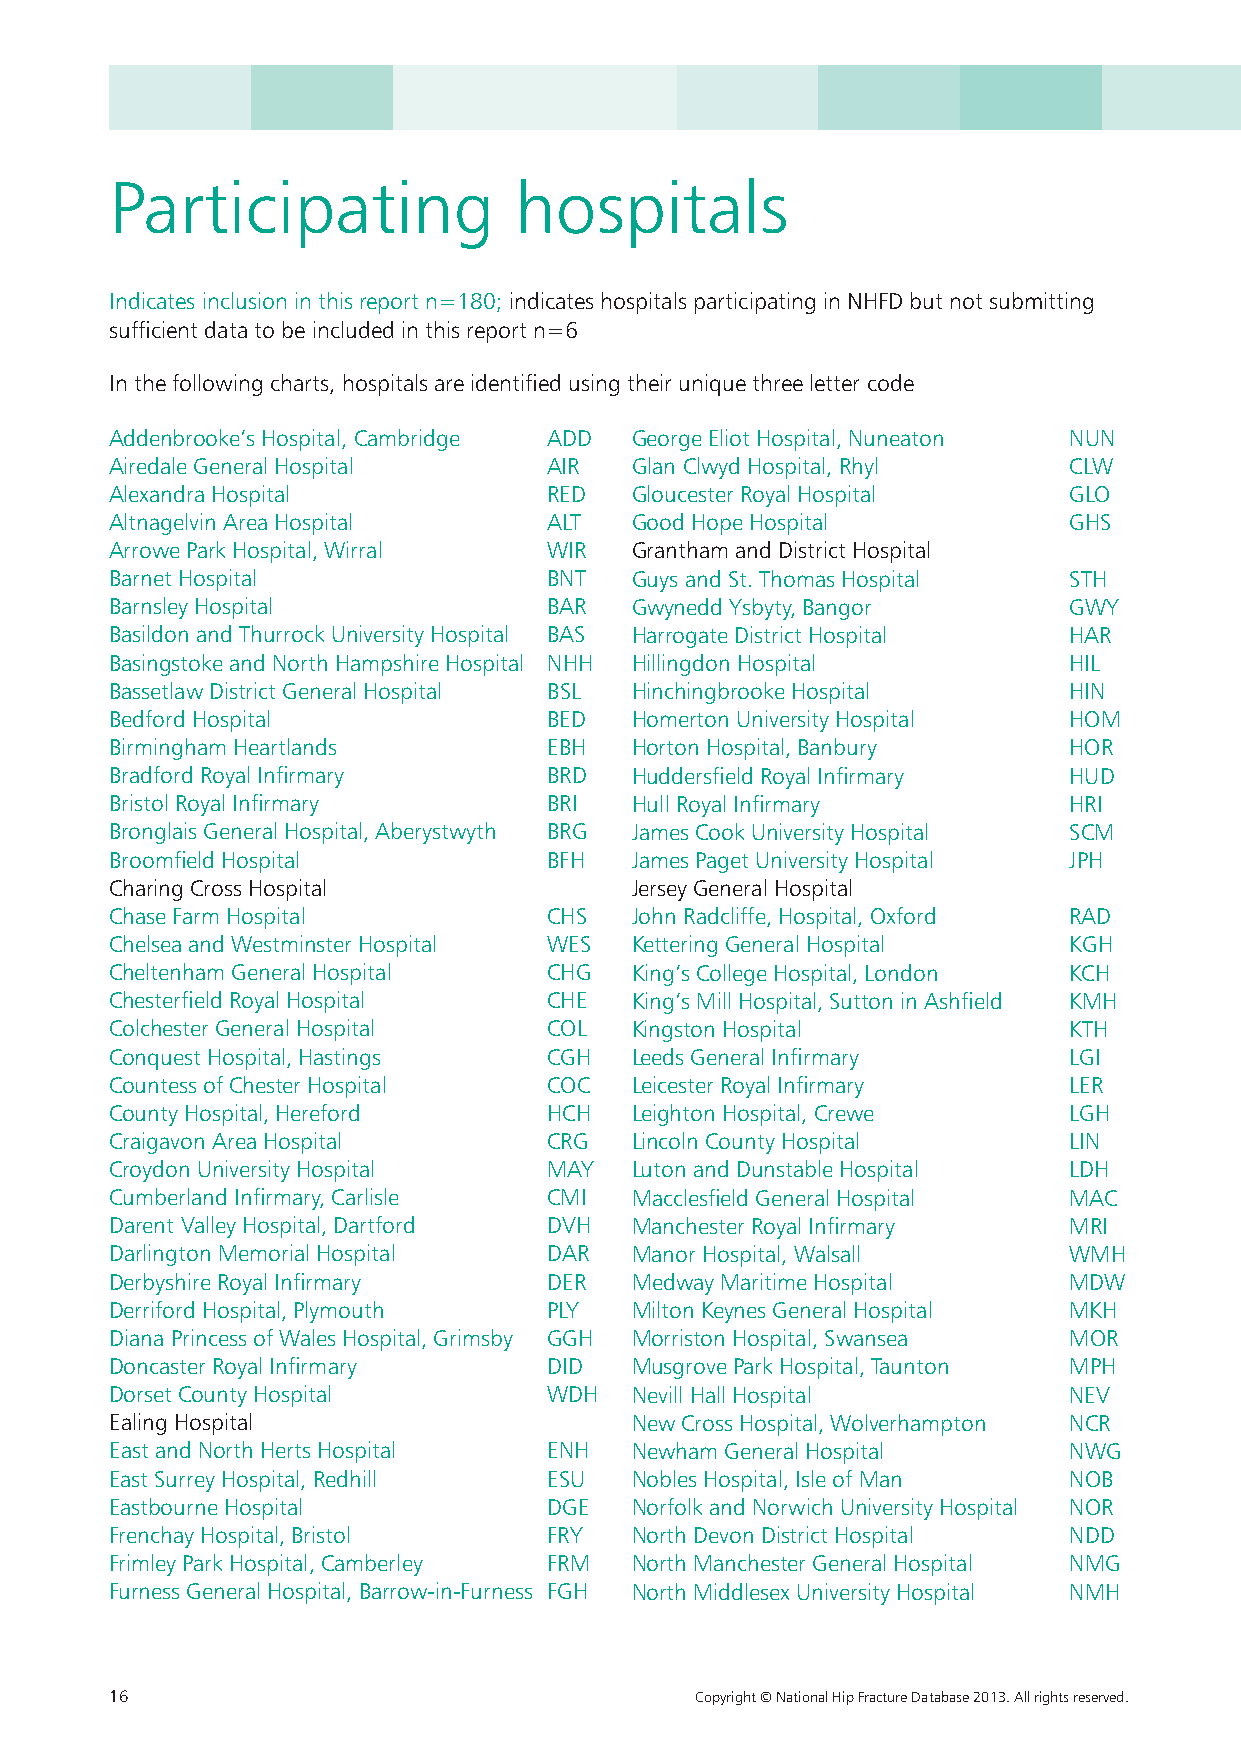
Participating              hospitals
 Indicates inclusion in this report n=180; indicates hospitals participating in NHFD but not submitting
 sufficient data to be included in this report n=6
 In the following charts, hospitals are identified using their unique three letter code
 Addenbrooke’s Hospital, Cambridge ADD George Eliot Hospital, Nuneaton NUN
 Airedale General Hospital    AIR   Glan Clwyd Hospital, Rhyl    CLW
 Alexandra Hospital           RED   Gloucester Royal Hospital    GLO
 Altnagelvin Area Hospital    ALT   Good Hope Hospital           GHS
 Arrowe Park Hospital, Wirral WIR   Grantham and District Hospital
 Barnet Hospital              BNT   Guys and St. Thomas Hospital STH
 Barnsley Hospital            BAR   Gwynedd Ysbyty, Bangor       GWY
 Basildon and Thurrock University Hospital BAS Harrogate District Hospital HAR
 Basingstoke and North Hampshire Hospital NHH Hillingdon Hospital HIL
 Bassetlaw District General Hospital BSL Hinchingbrooke Hospital HIN
 Bedford Hospital             BED   Homerton University Hospital HOM
 Birmingham Heartlands        EBH   Horton Hospital, Banbury     HOR
 Bradford Royal Infirmary     BRD   Huddersfield Royal Infirmary HUD
 Bristol Royal Infirmary      BRI   Hull Royal Infirmary         HRI
 Bronglais General Hospital, Aberystwyth BRG James Cook University Hospital SCM
 Broomfield Hospital          BFH   James Paget University Hospital JPH
 Charing Cross Hospital             Jersey General Hospital
 Chase Farm Hospital          CHS   John Radcliffe, Hospital, Oxford RAD
 Chelsea and Westminster Hospital WES Kettering General Hospital KGH
 Cheltenham General Hospital  CHG   King’s College Hospital, London KCH
 Chesterfield Royal Hospital  CHE   King’s Mill Hospital, Sutton in Ashfield KMH
 Colchester General Hospital  COL   Kingston Hospital            KTH
 Conquest Hospital, Hastings  CGH   Leeds General Infirmary      LGI
 Countess of Chester Hospital COC   Leicester Royal Infirmary    LER
 County Hospital, Hereford    HCH   Leighton Hospital, Crewe     LGH
 Craigavon Area Hospital      CRG   Lincoln County Hospital      LIN
 Croydon University Hospital  MAY   Luton and Dunstable Hospital LDH
 Cumberland Infirmary, Carlisle CMI Macclesfield General Hospital MAC
 Darent Valley Hospital, Dartford DVH Manchester Royal Infirmary MRI
 Darlington Memorial Hospital DAR   Manor Hospital, Walsall      WMH
 Derbyshire Royal Infirmary   DER   Medway Maritime Hospital     MDW
 Derriford Hospital, Plymouth PLY   Milton Keynes General Hospital MKH
 Diana Princess of Wales Hospital, Grimsby GGH Morriston Hospital, Swansea MOR
 Doncaster Royal Infirmary    DID   Musgrove Park Hospital, Taunton MPH
 Dorset County Hospital       WDH   Nevill Hall Hospital         NEV
 Ealing Hospital                    New Cross Hospital, Wolverhampton NCR
 East and North Herts Hospital ENH  Newham General Hospital      NWG
 East Surrey Hospital, Redhill ESU  Nobles Hospital, Isle of Man NOB
 Eastbourne Hospital          DGE   Norfolk and Norwich University Hospital NOR
 Frenchay Hospital, Bristol   FRY   North Devon District Hospital NDD
 Frimley Park Hospital, Camberley FRM North Manchester General Hospital NMG
 Furness General Hospital, Barrow-in-Furness FGH North Middlesex University Hospital NMH
 16                                     Copyright © National Hip Fracture Database 2013. All rights reserved.